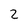
Character: 2